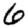
Digit: 6